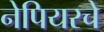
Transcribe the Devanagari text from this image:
नेपियरचे